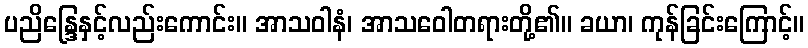
ပညိန္ဒြေနှင့်လည်းကောင်း။ အာသဝါနံ၊ အာသဝေါတရားတို့၏။ ခယာ၊ ကုန်ခြင်းကြောင့်။